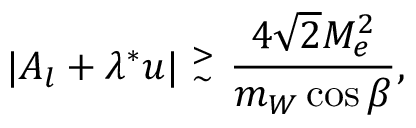
\vert A _ { l } + \lambda ^ { \ast } u \vert ~ { ^ > _ { \sim } } ~ { \frac { 4 \sqrt 2 M _ { e } ^ { 2 } } { m _ { W } \cos \beta } } ,